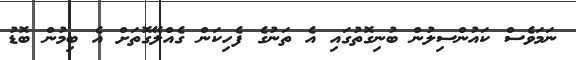
ނަމަވެސް ކައުންސިލުން ބުނިގޮތުގައި އެ ތަނުގެ ފެހިކަން ގެއްލޭގޮތަށް އެ ބިމުން ބޮޑު